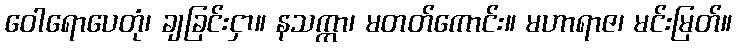
ဝေါရောပေတုံ၊ ချခြင်းငှာ။ နသက္ကာ၊ မတတ်ကောင်း။ မဟာရာဇ၊ မင်းမြတ်။